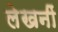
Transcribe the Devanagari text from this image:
लेखनीं